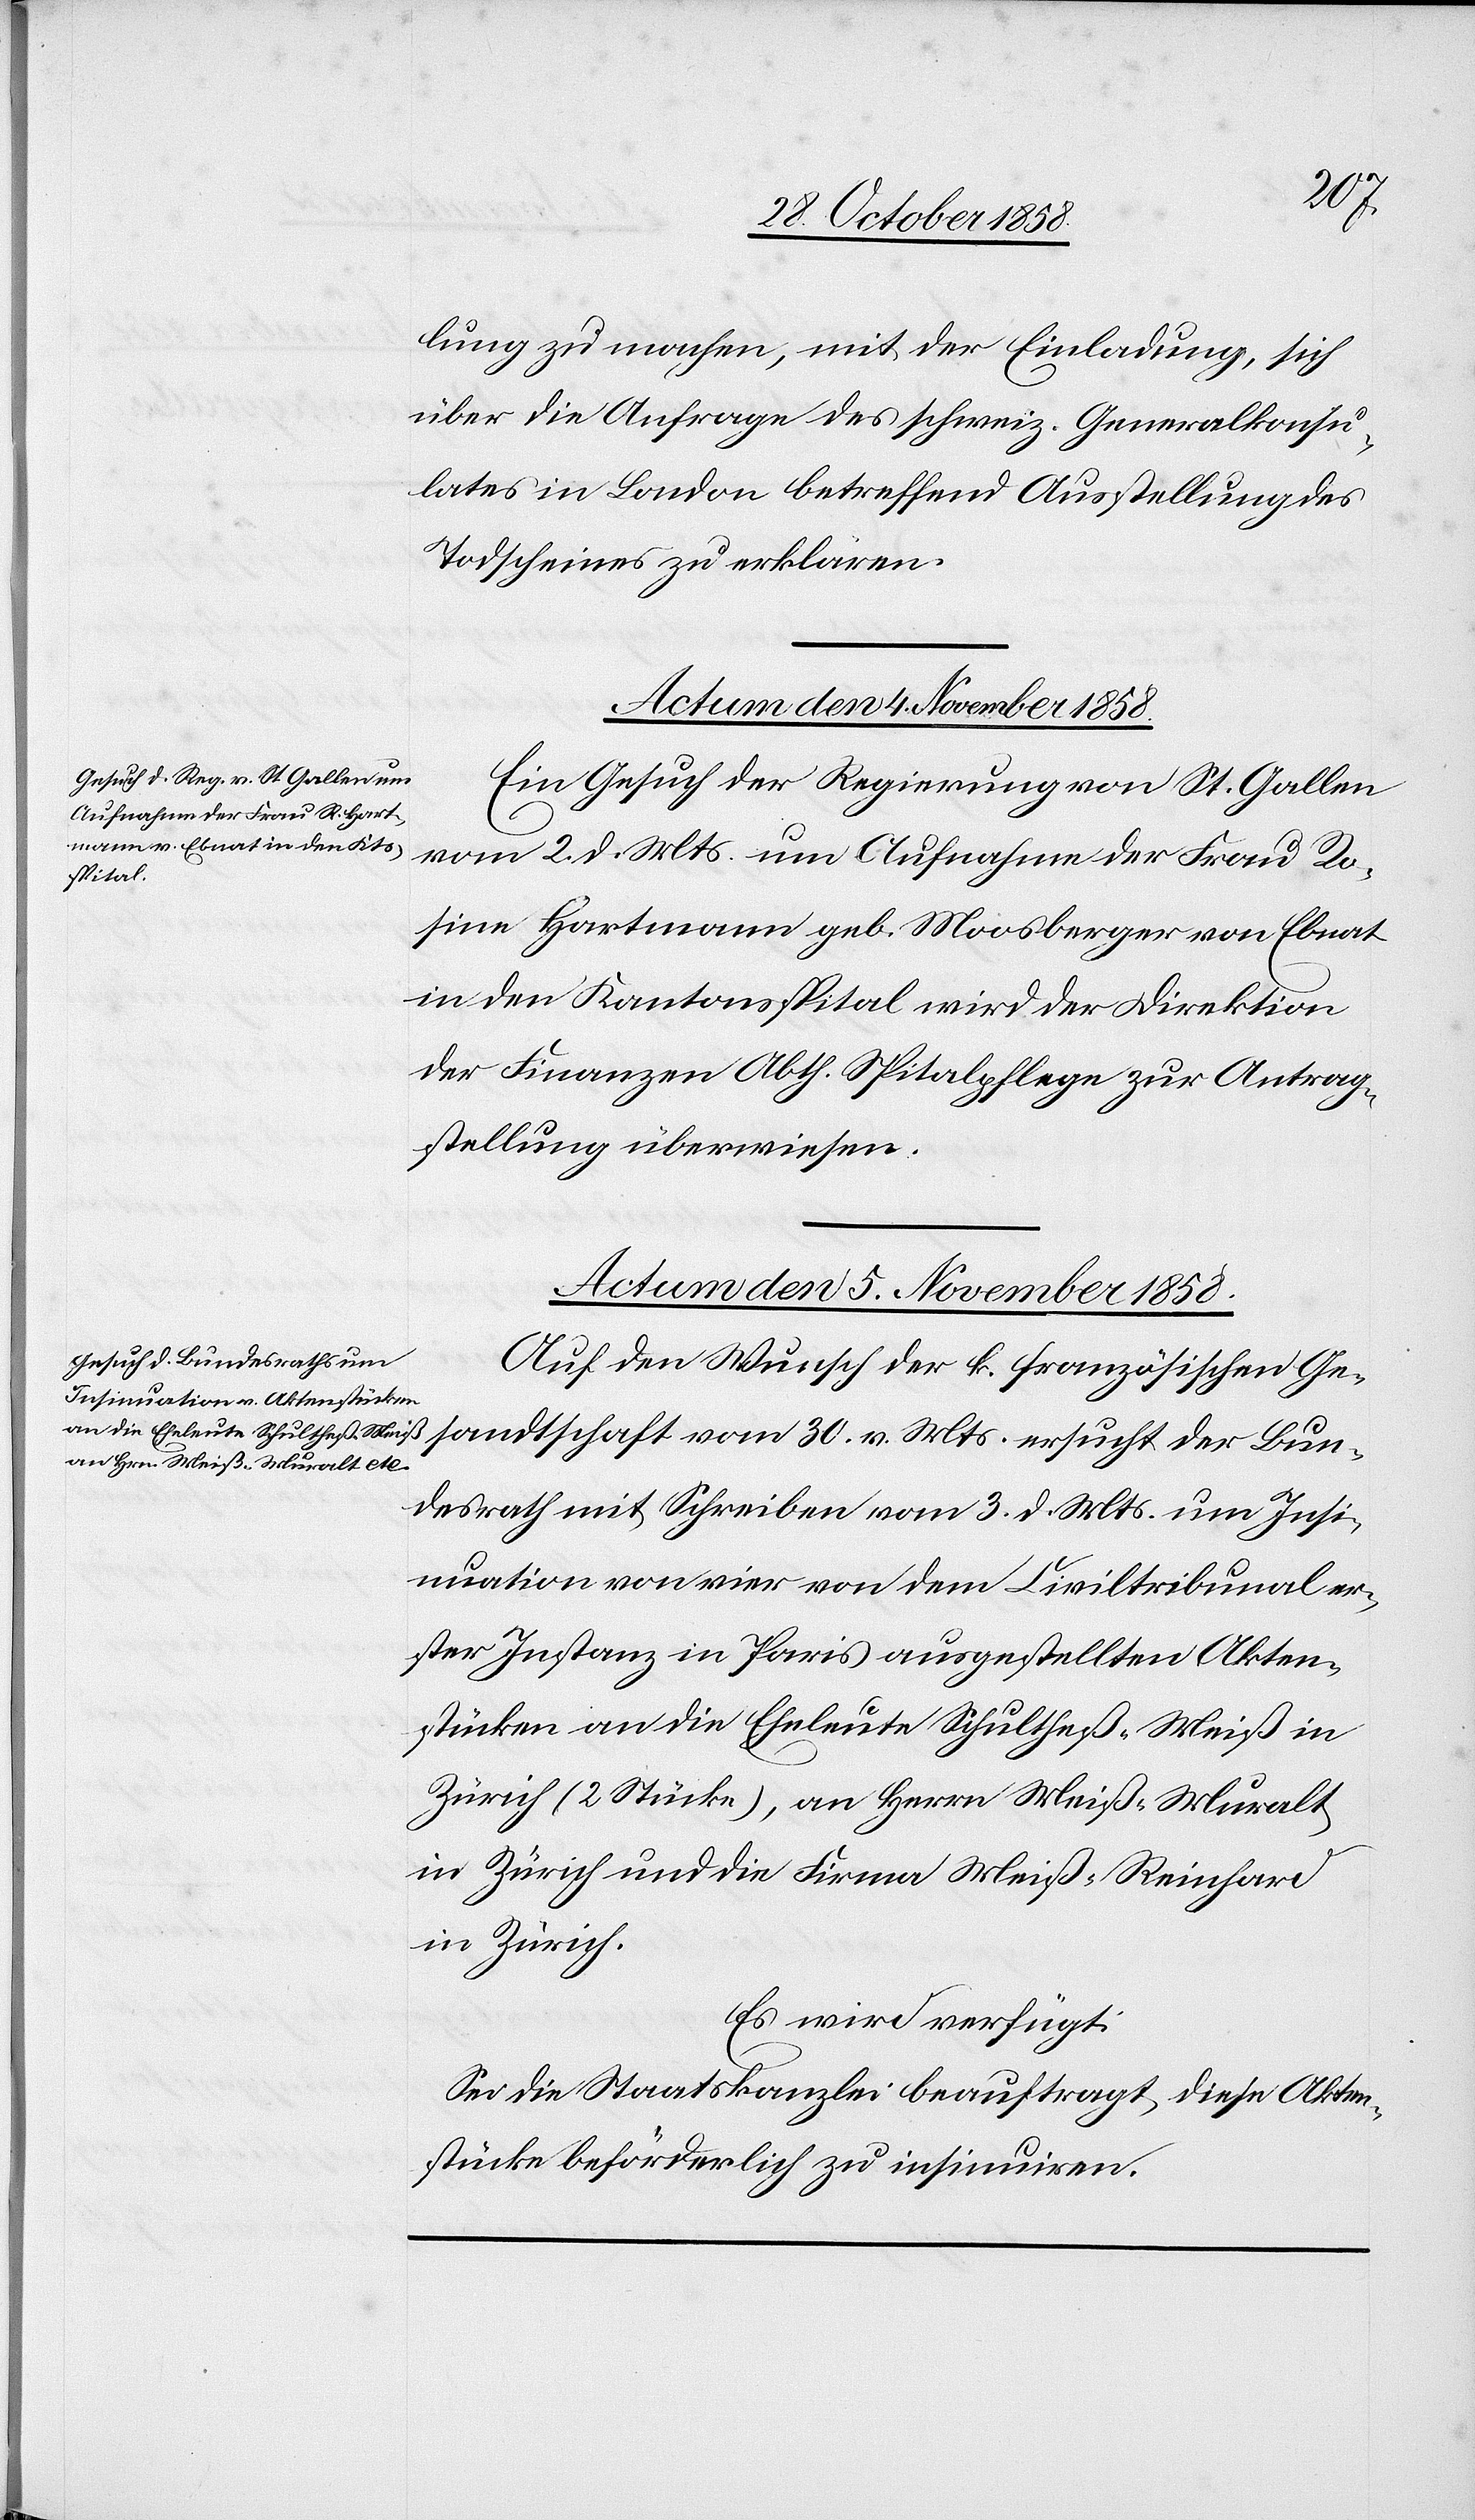
Bun¬
lung zu machen, mit der Einladung, sich
über die Anfrage des schweiz. Generalkonsu¬
lates in London betreffend Ausstellung des
Todscheines zu erklären.
Actum den 4. November 1858.
Ein Gesuch der Regierung von St. Gallen
vom 2. d. Mts. um Aufnahme der Frau Ro¬
sandtschaft
sine Hartmann geb. Moosberger von Ebnat
in den Kantonsspital wird der Direktion
der Finanzen Abth. Spitalpflege zur Antrag¬
stellung überwiesen.
Actum den 5. November 1858.
Auf den Wunsch der k. französischen Ge¬
desrath mit Schreiben vom 3. d. Mts. um Insi¬
nuation von vier von dem Civiltribunal er¬
ster Instanz in Paris ausgestellten Akten¬
stücken an die Eheleute Schultheß-Meiß in
Zürich (2 Stücke), an Herrn Meiß-Muralt
in Zürich und die Firma Meiß-Reinhard
in Zürich.
Es wird verfügt:
Sei die Staatskanzlei beauftragt, diese Akten¬
stücke beförderlich zu insinuiren.